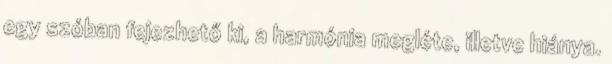
egy szóban fejezhető ki, a harmónia megléte, illetve hiánya.